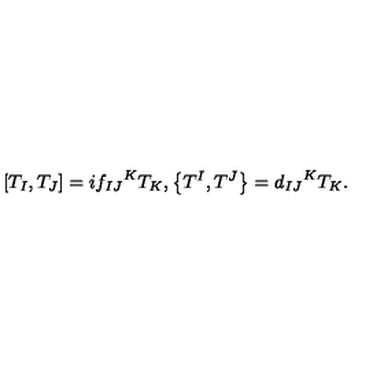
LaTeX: \left[ T _ { I } , T _ { J } \right] = i { f _ { I J } } ^ { K } T _ { K } , \left\{ T ^ { I } , T ^ { J } \right\} = { d _ { I J } } ^ { K } T _ { K } . \nonumber